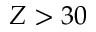
Z > 3 0